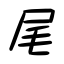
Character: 尾